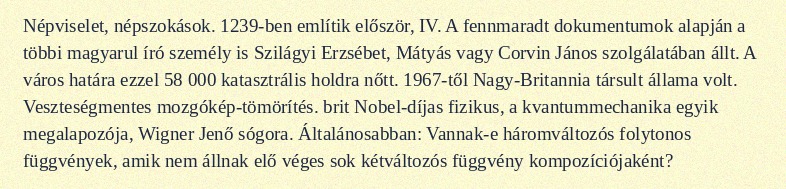
Népviselet, népszokások. 1239-ben említik először, IV. A fennmaradt dokumentumok alapján a többi magyarul író személy is Szilágyi Erzsébet, Mátyás vagy Corvin János szolgálatában állt. A város határa ezzel 58 000 katasztrális holdra nőtt. 1967-től Nagy-Britannia társult állama volt. Veszteségmentes mozgókép-tömörítés. brit Nobel-díjas fizikus, a kvantummechanika egyik megalapozója, Wigner Jenő sógora. Általánosabban: Vannak-e háromváltozós folytonos függvények, amik nem állnak elő véges sok kétváltozós függvény kompozíciójaként?